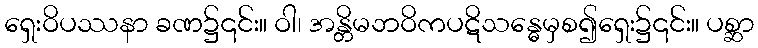
ရှေးဝိပဿနာ ခဏ၌၎င်း။ ဝါ၊ အန္တိမဘဝိကပဋိသန္ဓေမှစ၍ရှေး၌၎င်း။ ပစ္ဆာ